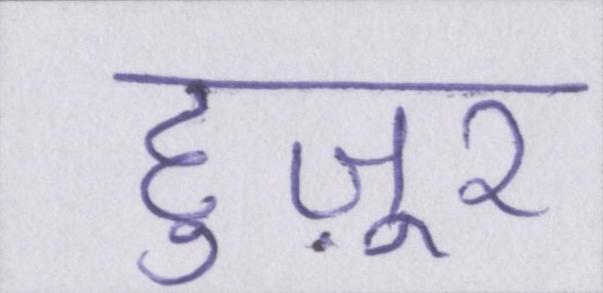
हुज़ूर